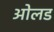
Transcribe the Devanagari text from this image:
ओलड